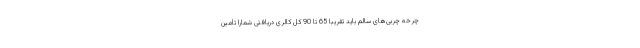
چرخه چربی‌های سالم باید تقریباً 65 تا 90 کل کالری دریافتی شمارا تأمین